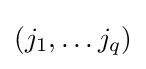
(j_{1},\ldots j_{q})